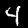
Digit: 4